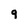
Character: 9